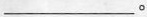
___。